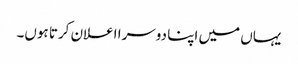
یہاں میں اپنا دوسرا اعلان کرتا ہوں۔